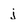
Character: j